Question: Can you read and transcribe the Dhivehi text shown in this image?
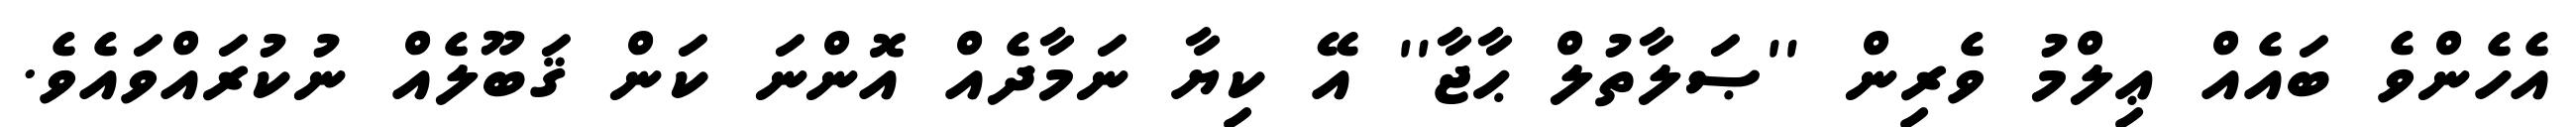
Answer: އެހެންވެ ބައެއް ޢިލްމު ވެރިން ''ޞަލާތުލް ޙާޖާ'' އޭ ކިޔާ ނަމާދެއް އޮންނަ ކަން ޤަބޫލެއް ނުކުރައްވައެވެ.